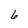
Character: 6